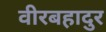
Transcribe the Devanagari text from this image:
वीरबहादुर